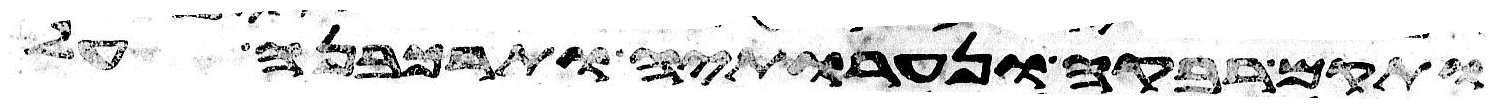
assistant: ותקם רבקה ונערתיה ותרכבנה על